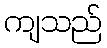
ကျသည်